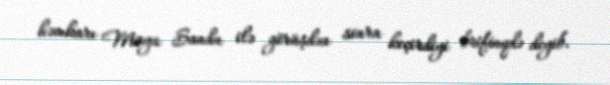
həmkarı Maya Sandu ilə görüşdən sonra keçirdiyi brifinqdə deyib.